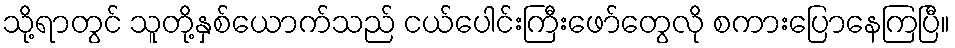
သို့ရာတွင် သူတို့နှစ်ယောက်သည် ငယ်ပေါင်းကြီးဖော်တွေလို စကားပြောနေကြပြီ။